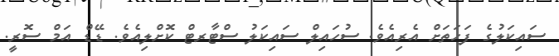
ސައިކަލުގެ ފަހަތަށް އެރިއެވެ. ސުހައިލް ސައިކަލު ސްޓާރޓް ކޮށްލިއެވެ. ޑޭޑް އަމް ސޮރީ.